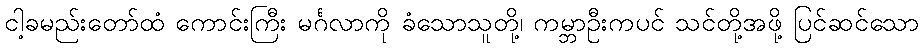
ငါ့ခမည်းတော်ထံ ကောင်းကြီး မင်္ဂလာကို ခံသောသူတို့၊ ကမ္ဘာဦးကပင် သင်တို့အဖို့ ပြင်ဆင်သော